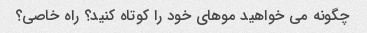
چگونه می خواهید موهای خود را کوتاه کنید؟ راه خاصی؟